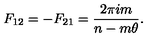
F _ { 1 2 } = - F _ { 2 1 } = \frac { 2 \pi i m } { n - m \theta } .